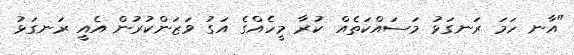
"އާނ ހަމަ ރަނގަޅު މަސައްކަތެއް ކުރާ މީހެއްގެ އަގު ވަޒަންކުރުން އެއީ ރަނގަޅު